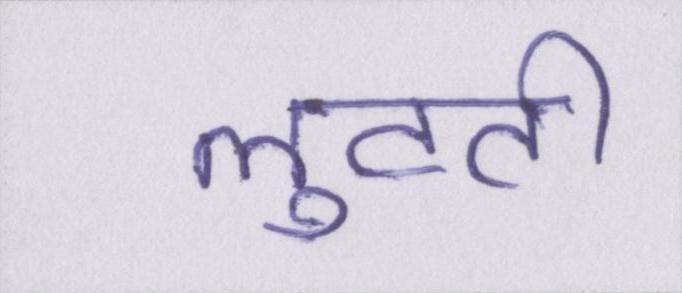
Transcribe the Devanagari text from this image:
लुटती